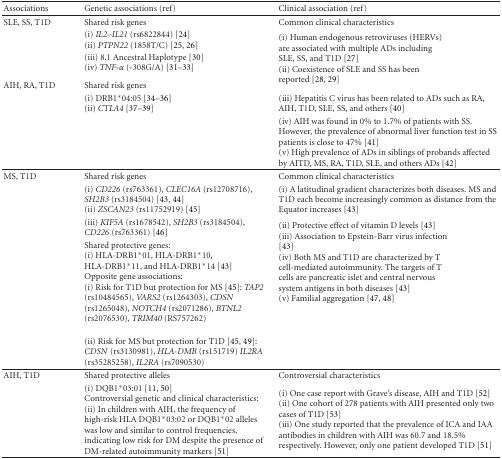
<table><thead><tr><td><b>Associations</b></td><td><b>Genetic associations (ref)</b></td><td><b>Clinical association (ref)</b></td></tr></thead><tbody><tr><td>SLE, SS, T1D</td><td>Shared risk genes(i) <i>IL2–IL21 </i>(rs6822844) [24] (ii) <i>PTPN22 </i>(1858T/C) [25, 26] (iii) 8.1 Ancestral Haplotype [30](iv) <i>TNF-<i>α</i></i> (-308G/A) [31–33]</td><td rowspan="2">Common clinical characteristics(i) Human endogenous retroviruses (HERVs) are associated with multiple ADs including SLE, SS, and T1D [27](ii) Coexistence of SLE and SS has been reported [28, 29](iii) Hepatitis C virus has been related to ADs such as RA, AIH, T1D, SLE, SS, and others [40] (iv) AIH was found in 0% to 1.7% of patients with SS. However, the prevalence of abnormal liver function test in SS patients is close to 47% [41](v) High prevalence of ADs in siblings of probands affected by AITD, MS, RA, T1D, SLE, and others ADs [42]</td></tr><tr><td>AIH, RA, T1D</td><td>Shared risk genes(i) DRB1*04:05 [34–36] (ii) <i>CTLA4 </i>[37–39] </td></tr><tr><td>MS, T1D</td><td>Shared risk genes</td><td>Common clinical characteristics</td></tr><tr><td></td><td>(i) <i>CD226</i> (rs763361), <i>CLEC16A</i> (rs12708716), <i>SH2B3</i> (rs3184504) [43, 44] (ii) <i>ZSCAN23 </i>(rs11752919) [45]</td><td>(i) A latitudinal gradient characterizes both diseases. MS and T1D each become increasingly common as distance from the Equator increases [43]</td></tr><tr><td></td><td>(iii)<i> KIF5A</i> (rs1678542), <i>SH2B3</i> (rs3184504), <i>CD226</i> (rs763361) [46]</td><td rowspan="3">(ii) Protective effect of vitamin D levels [43](iii) Association to Epstein-Barr virus infection [43](iv) Both MS and T1D are characterized by T cell-mediated autoimmunity. The targets of T cells are pancreatic islet and central nervous system antigens in both diseases [43] (v) Familial aggregation [47, 48]</td></tr><tr><td></td><td>Shared protective genes: (i) HLA-DRB1*01, HLA-DRB1*10, HLA-DRB1*11, and HLA-DRB1*14 [43] Opposite gene associations:(i) Risk for T1D but protection for MS [45]:<i> TAP2</i> (rs10484565), <i>VARS2</i> (rs1264303), <i>CDSN</i> (rs1265048), <i>NOTCH4</i> (rs2071286), <i>BTNL2</i> (rs2076530), <i>TRIM40</i> (RS757262) </td></tr><tr><td></td><td>(ii) Risk for MS but protection for T1D [45, 49]: <i>CDSN</i> (rs3130981), <i>HLA-DMB </i>(rs151719) <i>IL2RA</i> (rs35285258), <i>IL2RA</i> (rs7090530) </td></tr><tr><td>AIH, T1D</td><td>Shared protective alleles</td><td>Controversial characteristics</td></tr><tr><td></td><td>(i) DQB1*03:01 [11, 50] Controversial genetic and clinical characteristics:(ii) In children with AIH, the frequency of high-risk HLA DQB1*03:02 or DQB1*02 alleles was low and similar to control frequencies, indicating low risk for DM despite the presence of DM-related autoimmunity markers [51]</td><td>(i) One case report with Grave&#x27;s disease, AIH and T1D [52](ii) One cohort of 278 patients with AIH presented only two cases of T1D [53](iii) One study reported that the prevalence of ICA and IAA antibodies in children with AIH was 60.7 and 18.5% respectively. However, only one patient developed T1D [51]</td></tr></tbody></table>